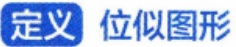
定义 位似图形